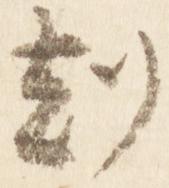
刻